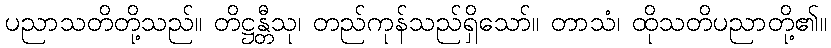
ပညာသတိတို့သည်။ တိဋ္ဌန္တီသု၊ တည်ကုန်သည်ရှိသော်။ တာသံ၊ ထိုသတိပညာတို့၏။